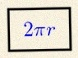
2\pi r